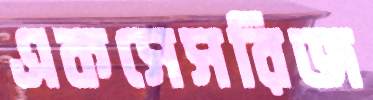
একসেসরিজ